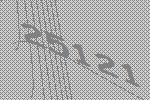
25121